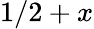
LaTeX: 1/2+x